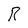
Character: R